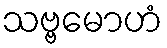
သဗ္ဗမောဟံ